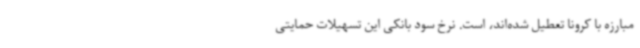
مبارزه با کرونا تعطیل شده‌اند، است. نرخ سود بانکی این تسهیلات حمایتی